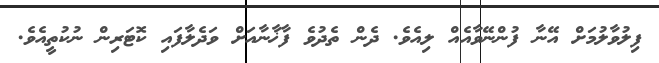
ފިލުވާލުމަށް އޭނާ ފުންނޭވާއެއް ލިއެވެ. ދެން ތެދުވެ ފާޚާނާއަށް ވަދެލާފައި ކޮޓަރިން ނުކުތީއެވެ.